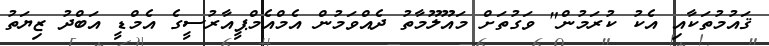
ޤައުމުތަކާއި އެކު ކުރަމުން" ވަގުތަށް މައޫލޫމާތު ދެއްވަމުން އެމްއެމްޕީއާރުސީގެ އެމްޑީ އަބްދު ޒިޔަތު